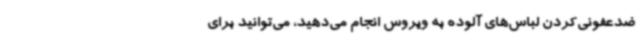
ضدعفونی‌کردن لباس‌های آلوده به ویروس انجام می‌دهید، می‌توانید برای